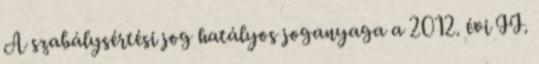
A szabálysértési jog hatályos joganyaga a 2012. évi II.